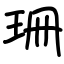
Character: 珊